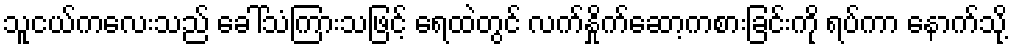
သူငယ်ကလေးသည် ခေါ်သံကြားသဖြင့် ရေထဲတွင် လက်နှိုက်ဆော့ကစားခြင်းကို ရပ်ကာ နောက်သို့